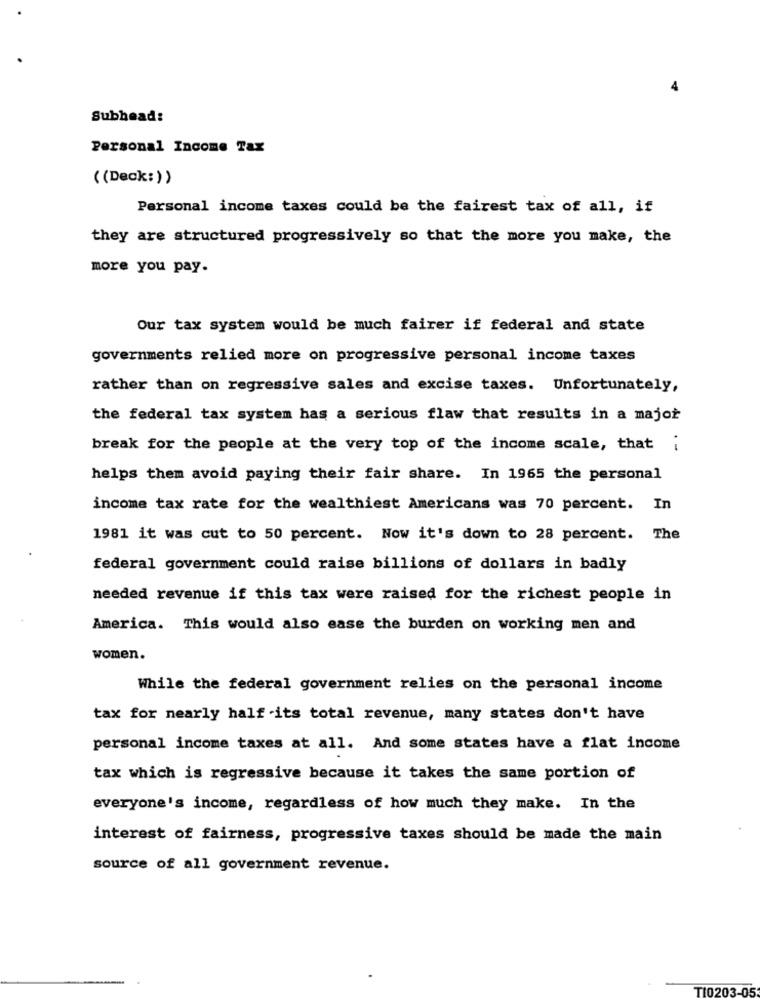
Subhead:
Personal Income Tax
((Deck:))
Personal income taxes could be the fairest tax of all, if
they are structured progressively so that the more you make, the
more you pay.
Our tax system would be much fairer if federal and state
governments relied more on progressive personal income taxes
rather than on regressive sales and excise taxes. Unfortunately,
the federal tax system has a serious flaw that results in a major
break for the people at the very top of the income scale, that
helps them avoid paying their fair share. In 1965 the personal
income tax rate for the wealthiest Americans was 70 percent. In
1981 it was cut to 50 percent. Now it's down to 28 percent. The
federal government could raise billions of dollars in badly
needed revenue if this tax were raised for the richest people in
America. This would also ease the burden on working men and
women.
While the federal government relies on the personal income
tax for nearly half -its total revenue, many states don't have
personal income taxes at all. And some states have a flat income
tax which is regressive because it takes the same portion of
everyone's income, regardless of how much they make. In the
interest of fairness, progressive taxes should be made the main
source of all government revenue.
TI0203-05